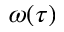
\omega ( \tau )